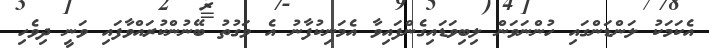
އެކަމަކު ލަންޑަންގައި ހުންނަވަން ލިބިވަޑައިގެންފައިވާ އެމަނިކުފާނު އެ ވަގުތު ބޭނުންކުރައްވާފައި ވަނީ ދިވެހި